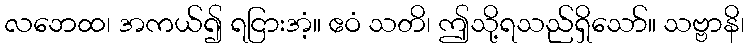
လဘေထ၊ အကယ်၍ ရငြားအံ့။ ဧဝံ သတိ၊ ဤသို့ရသည်ရှိသော်။ သဗ္ဗာနိ၊